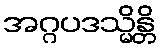
အဂ္ဂပဒသ္မိန္တိ